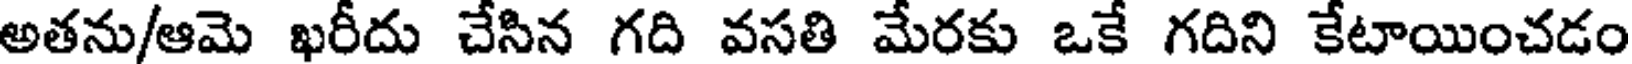
అతను/ఆమె ఖరీదు చేసిన గది వసతి మేరకు ఒకే గదిని కేటాయించడం